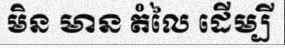
មិន មាន តំលៃ ដើម្បី